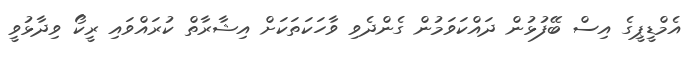
އެމްޑީޕީގެ އިސް ބޭފުޅުން ދައްކަވަމުން ގެންދެވި ވާހަކަތަކަށް އިޝާރާތް ކުރައްވައި ރީކޯ ވިދާޅުވީ